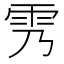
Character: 𲉰